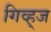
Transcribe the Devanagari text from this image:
गिव्ह्‌ज